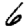
Digit: 6